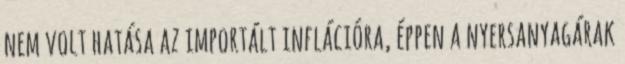
nem volt hatása az importált inflációra, éppen a nyersanyagárak